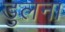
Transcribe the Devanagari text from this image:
डुलना